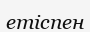
етіспен